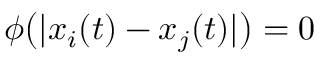
\phi \big ( | x _ { i } ( t ) - x _ { j } ( t ) | \big ) = 0